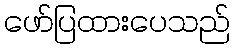
ဖော်ပြထားပေသည်